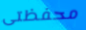
محفظتى